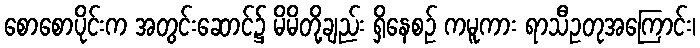
စောစောပိုင်းက အတွင်းဆောင်၌ မိမိတို့ချည်း ရှိနေစဉ် ကမူကား ရာသီဥတုအကြောင်း၊